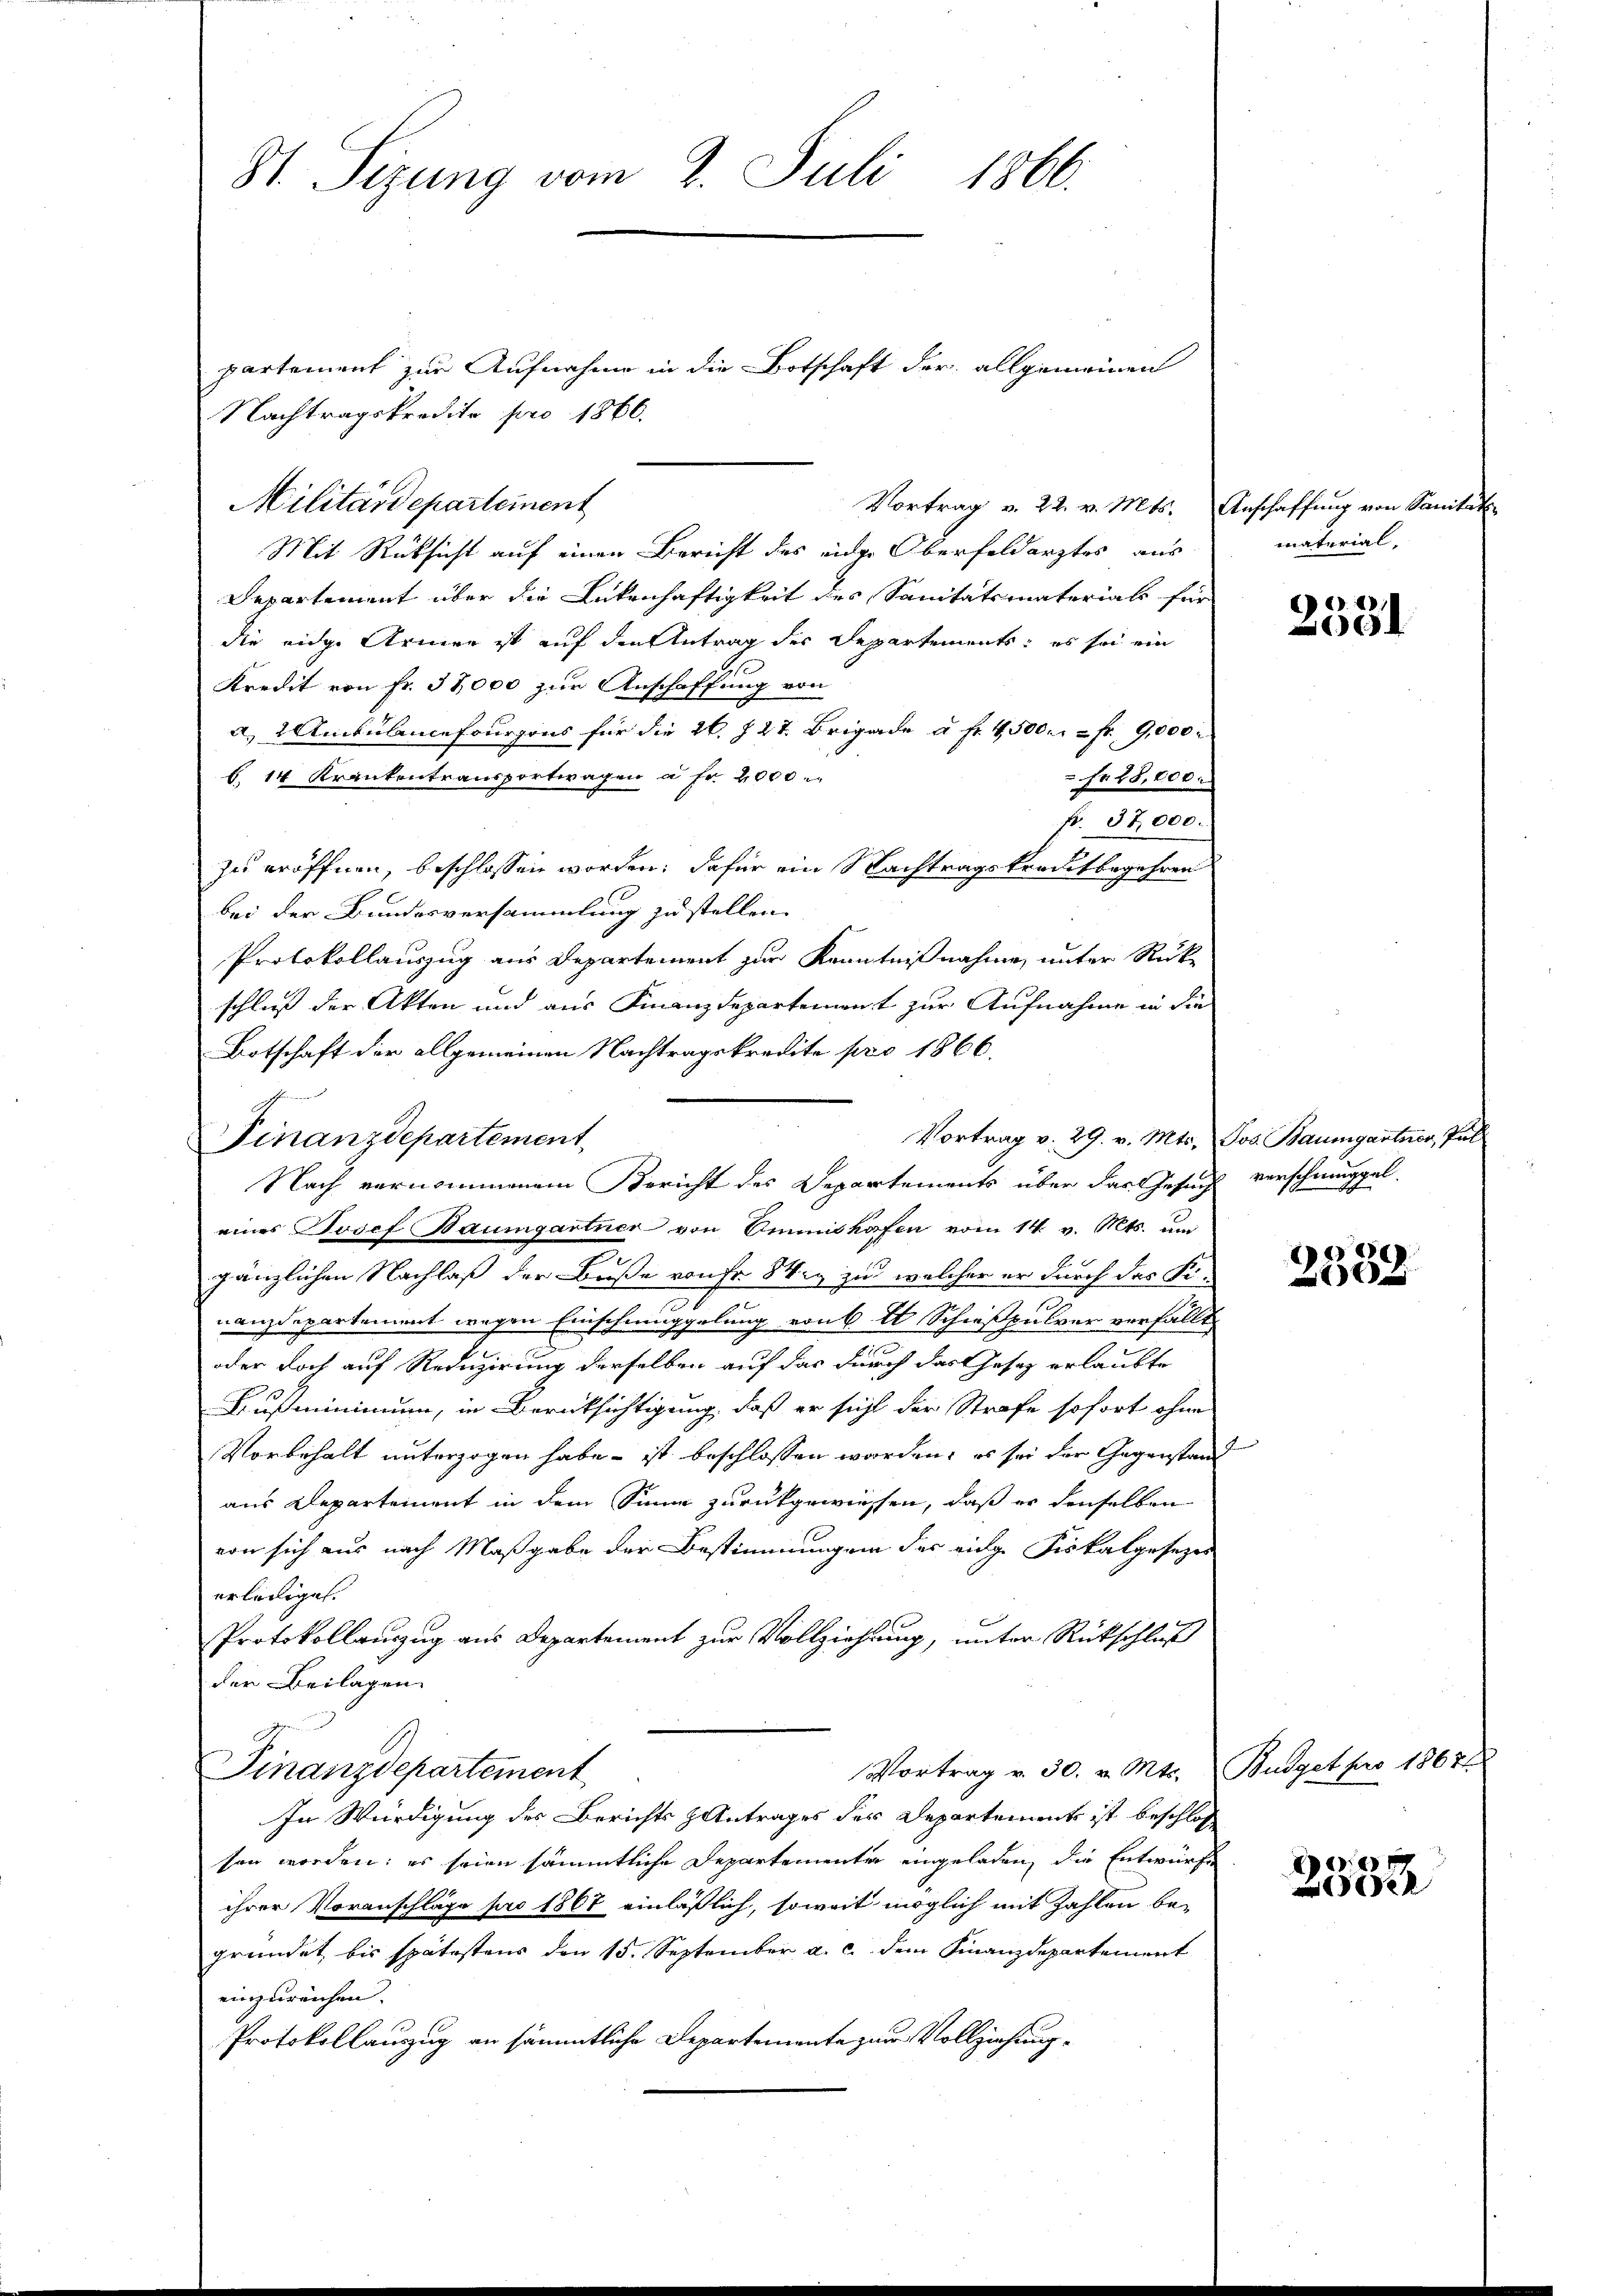
St. Sizung vom 2. Juli 1866.

partement zur Aufnahme in die Botschaft der allgemeinen
Nachtragskredito pro 1860.
Vortrag v. 22. v. Mts. Anschaffung von Sanitar
Mit Rüksicht auf einen Bericht des eidge Oberfeldarztes aus
Departement über die Ankenhaftigkeit des Sanitätsmaterials für
die eidge Armen ist auf den Antrag des Departements, es sei ein
Kredit von Fr. 37,000 zur Anschaffung von
a Ambülancefourrons für die 26. 727. Brigade a. f. 4500. 2 fr 9,000
b. 14 Krankentransportwagen à Fr. 2000
 Nr. 28,000.
fr. 37,000.
zu eröffnen, beschlossen worden; dafür ein Nachtragskreditbegehren
bei der Bundesversammlung zu stellen.
Protokollauszug aus Departement zur Kenntnißnahme, unter Rückschließ der Akten und aus Finanzdepartement zur Aufnahme in die
Botschaft der allgemeinen Nachtragskredite pro 1866.
Vortrag v. 29. v. Mts. Jos. Baumgartner, Pal
Finanzdepartement
Nach vernommenem Bericht des Departements über das Gesuch verschmuggel
eines Josef Baumgartner von Ammithafen vom 14. v. Mts. um
gänzlichen Nachlaß der Buße von fr. Weg zu welcher er durch das Fi-
nanzdepartement wegen Einschmuggelung von 6 t Schießpulver verfällt,
oder doch auf Reduzirung derselben auf das durch das Gesetz erlaubte
Kußminimum, in Berücksichtigung, daß er sicht der Strafe sofort ohne
Vorbehalt unterzogen habe - ist beschlossen worden, es sei der Gegenstand
aus Departement in dem Sinne zurückgewiesen, daß er denselben
von sich aus nach Maßgabe der Bestimmungen der eidge Fiskalgesezes
erlediget.
Protokollauszug aus Departement zur Vollziehung, unter Rückschluß
der Beilagen.
Vortrag v. 30. v. Mts. Budget pro 18671
Finanzdepartement
In Würdigung des Berichts Antrages des Departements ist beschloß
sen worden; es seien sämmtliche Departementen eingeladen, die Entwürfe
ihrer Voranschläge pro 1867 einläßlich, soweit möglich mit Zahlen begründet, bis spätestens den 15. September a. c. dem Finanzdepartement
einzureichen.
Protokollanzug an sämmtliche Departemente zur Vollziehung¬

Militärdepartement

material,

62
.

0
058

de
e